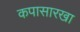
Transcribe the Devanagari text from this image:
कपासारखा